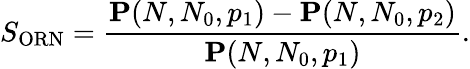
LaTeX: S_{\mathrm{ORN}}=\frac{\mathbf{P}(N,N_{0},p_{1})-\mathbf{P}(N,N_{0},p_{2})}{\mathbf{P}(N,N_{0},p_{1})}.